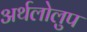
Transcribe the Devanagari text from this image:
अर्थलोलुप